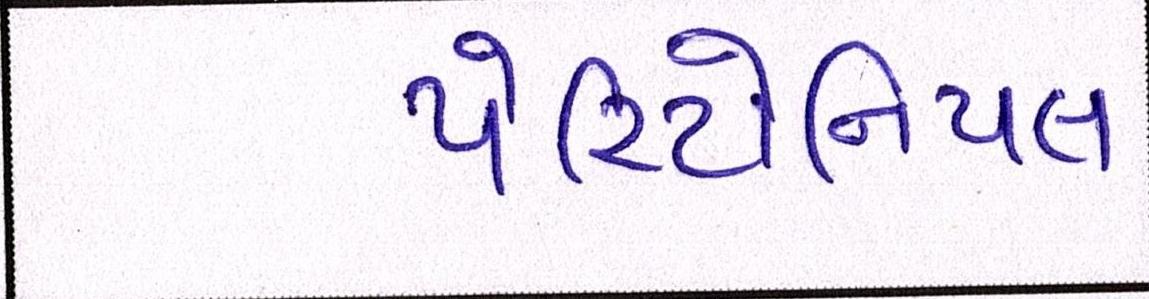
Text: પેરિટોનિયલ